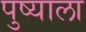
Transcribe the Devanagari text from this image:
पुष्याला